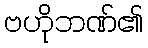
ဗဟိုဘဏ်၏